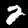
Digit: 2